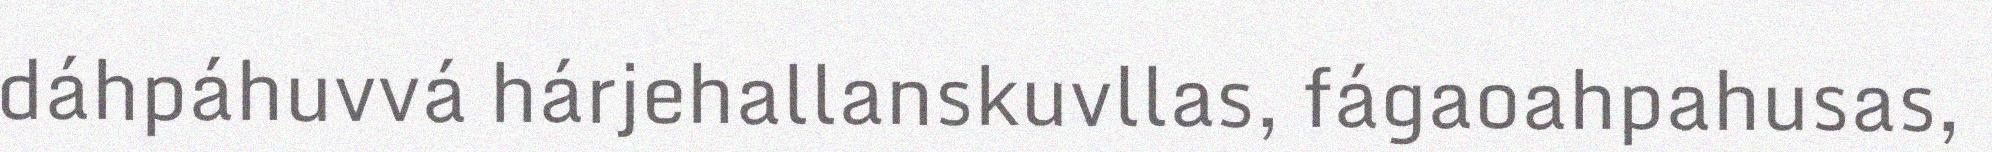
dáhpáhuvvá hárjehallanskuvllas, fágaoahpahusas,